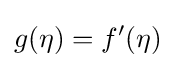
g(\eta )=f'(\eta )